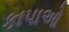
કાપાઓ